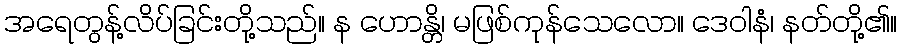
အရေတွန့်လိပ်ခြင်းတို့သည်။ န ဟောန္တိ၊ မဖြစ်ကုန်သေလော။ ဒေဝါနံ၊ နတ်တို့၏။